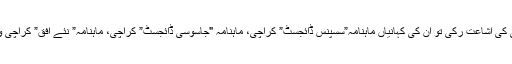
ماہنامہ "سب رنگ” کراچی کی اشاعت رکی تو ان کی کہانیاں ماہنامہ”سسپنس ڈائجسٹ” کراچی، ماہنامہ "جاسوسی ڈائجسٹ” کراچی، ماہنامہ” نئے افق” کراچی وغیرہ میں شائع ہونے لگیں۔